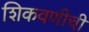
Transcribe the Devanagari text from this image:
शिकवणीची